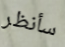
سأنظر